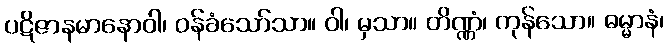
ပဋိဇာနမာနောဝါ၊ ဝန်ခံသော်သာ။ ဝါ၊ မှသာ။ တိဏ္ဏံ၊ ကုန်သော။ ဓမ္မာနံ၊